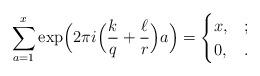
LaTeX: \begin{align*}\sum_{a=1}^x \exp \Bigl(2 \pi i \Bigl(\frac{k}{q}+\frac{\ell}{r} \Bigr)a \Bigr)=\begin{cases} x, & ; \\ 0, & . \end{cases} \end{align*}